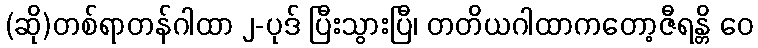
(ဆို)တစ်ရာတန်ဂါထာ ၂-ပုဒ် ပြီးသွားပြီ၊ တတိယဂါထာကတော့ဇီရန္တိ ဝေ